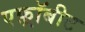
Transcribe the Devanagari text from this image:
एफ़्रॉबीट